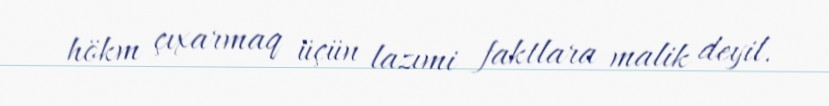
hökm çıxarmaq üçün lazımi faktlara malik deyil.